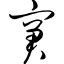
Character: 窘